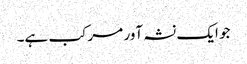
جو ایک نشہ آور مرکب ہے۔